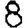
Digit: 8